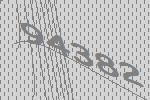
94382